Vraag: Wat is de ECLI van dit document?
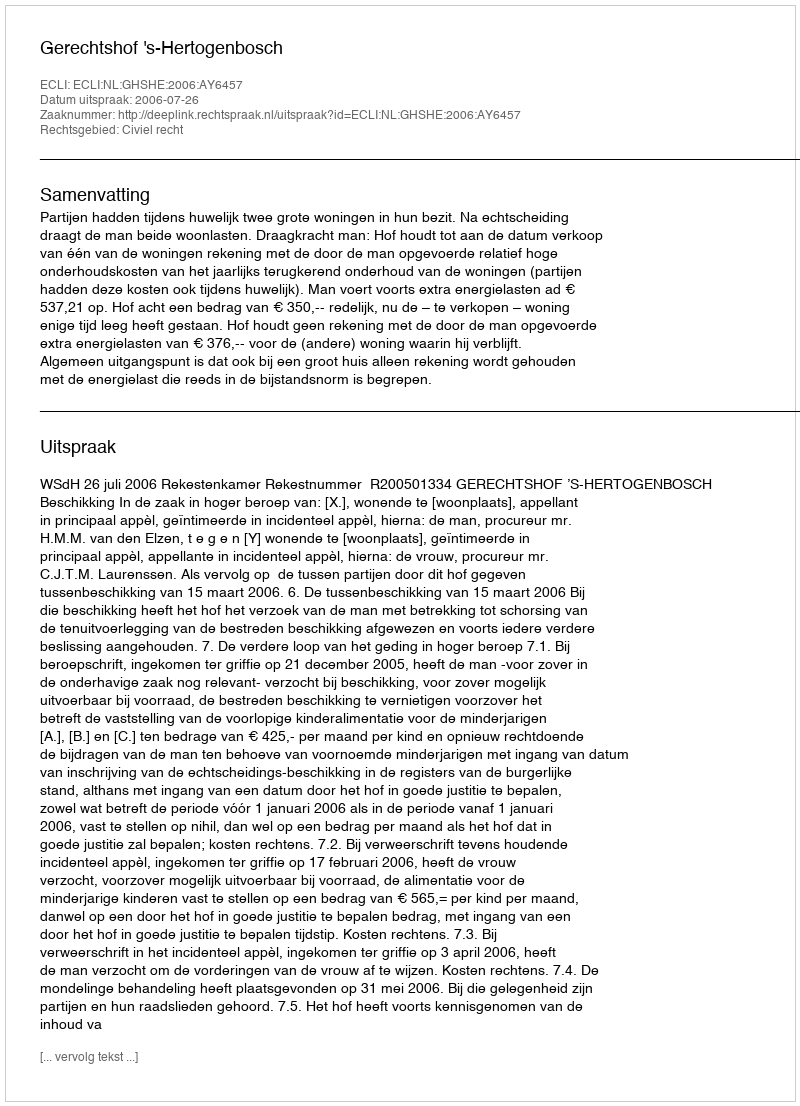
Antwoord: ECLI:NL:GHSHE:2006:AY6457